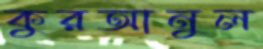
কুরআনুল